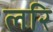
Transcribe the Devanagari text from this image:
लरि